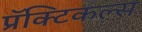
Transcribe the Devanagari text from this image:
प्रॅक्टिकल्स